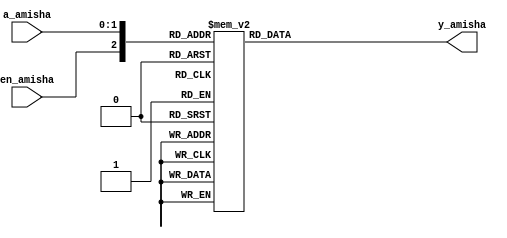
`timescale 1ns / 1ps
//////////////////////////////////////////////////////////////////////////////////
// Company: 
// Engineer: 
// 
// Design Name: 
// Module Name:    decoder_2_4_case_Amisha 
// Project Name: 
// Target Devices: 
// Tool versions: 
// Description: 
//
// Dependencies: 
//
// Revision: 
// Revision 0.01 - File Created
// Additional Comments: 
//
//////////////////////////////////////////////////////////////////////////////////
module decoder_2_4_case_Amisha(
    input [1:0] a_amisha,
    input en_amisha,
    output reg [3:0] y_amisha
    );
	 
	 always @*
	 case ({en_amisha, a_amisha})
	 3'b000, 3'b001, 3'b010, 3'b011: y_amisha = 4'b0000;
	 3'b100: y_amisha = 4'b0001;
	 3'b101: y_amisha = 4'b0010;
	 3'b110: y_amisha = 4'b0100;
	 3'b111: y_amisha = 4'b1000;
	 endcase
endmodule